Vaccination in Bombay 1913-1923 - 1913-1923
Year: 1913
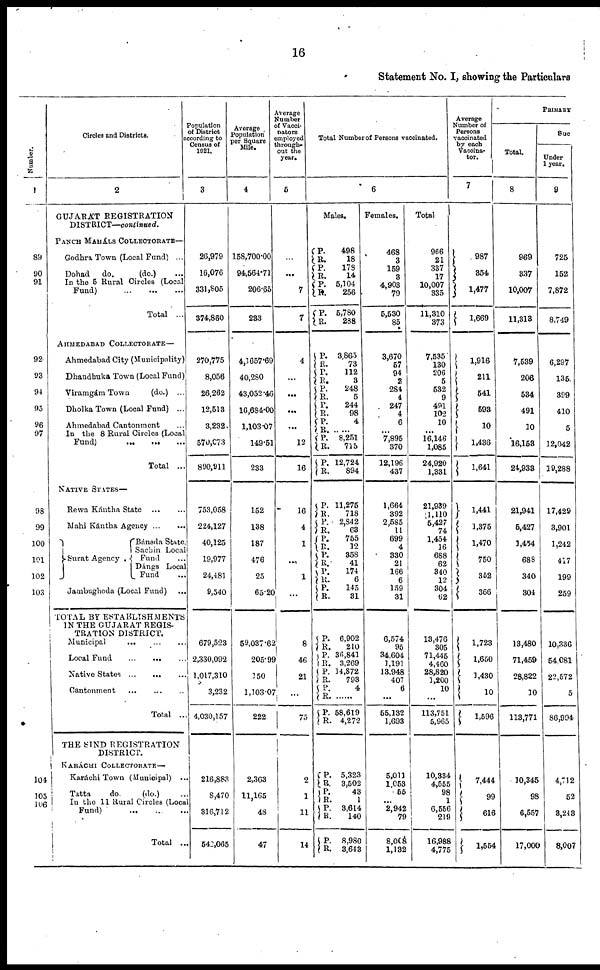
16
Statement No. I, showing the Particulars
Number.
1
89
90
91
92
93
94
95
96
97
98
99
100
101
102
103
104
105
106
Circles and Districts.
2
GUJARÁT REGISTRATION
DISTRICT—continued.
PANCH MAHÁLS COLLECTORATE—
Godhra Town (Local Fund) ...
Dohad
do.
(do.) ...
In the 5 Rural Circles (Local
Fund)
...
...
...
Total ...
AHMEDABAD COLLECTORATE—
Ahmedabad City (Municipality)
Dhandhuka Town (Local Fund)
Viramgám Town
(do.) ...
Dholka Town (Local Fund) ...
Ahmedabad Cantonment ...
In the 8 Rural Circles (Local
Fund) ... ... ...
Total ...
NATIVE STATES—
Rewa Kántha State
...
...
Mahi Kántha Agency ... ...
Surat Agency.
Bánsda State.
Sachin Local
Fund ...
Dángs Local
Fund ...
Jambughoda (Local Fund) ...
TOTAL BY ESTABLISHMENTS
IN THE GUJARAT REGIS-
TRATION DISTRICT.
Municipal
...
...
...
Local Fund
...
...
...
Native States ... ... ...
Cantonment
...
...
...
Total ...
THE SIND REGISTRATION
DISTRICT.
KARÁCHI COLLECTORATE—
Karáchi Town (Municipal) ...
Tatta
do.
(do.)...
In the 11 Rural Circle (Local
Fund) ... ... ...
Total ...
Population
of District
according to
Census of
1921.
3
26,979
16,076
331,805
374,860
270,775
8,056
26,262
12,513
3,232
570,073
890,911
753,058
224,127
40,125
19,977
24,481
9,540
679,523
2,330,092
1,017,310
3,232
4,030,157
216,883
8,470
316,712
542,065
Average
Population
per Square
Mile.
4
158,700.00
94,564.71
206.65
233
4,1657.69
40,280
43,052.46
16,684.00
1,103.07
149.51
233
152
138
187
476
25
65.20
59,037.62
205.99
150
1,103.07
222
2,363
11,165
48
47
Average
Number
of Vacci¬
nators
employed
through-
out the
year.
5
...
...
7
7
4
...
...
...
...
12
16
16
4
1
...
1
...
8
46
21
...
75
2
1
11
14
Total Number of Persons vaccinated.
6
Males.
P.
R.
P.
R.
P.
R.
P.
R.
498
18
178
14
5,104
256
5,780
288
P.
R.
P.
R.
P.
R.
P.
R.
P.
R.
P.
R.
P.
R.
3,865
73
112
3
248
5
244
98
4
8,251
715
12,724
894
P.
R.
P.
R.
P.
R.
P.
R.
P.
R.
P.
R.
11,275
718
2,842
63
755
12
358
41
174
6
145
31
P.
R.
P.
R.
P.
R.
P.
R.
P.
R.
6,902
210
36,841
3,269
14,872
793
4
......
58,619
4,272
P.
R.
P.
R.
P.
R.
P.
R.
5,323
3,502
43
1
3,614
140
8,980
3,643
Females.
468
3
159
3
4,903
79
5,530
85
3,670
57
94
2
284
4
247
4
6
...
7,895
370
12,196
437
1,664
392
2,585
11
699
4
330
21
166
6
159
31
6,574
95
34,604
1,191
13,948
407
6
...
55,132
1,693
5,011
1,053
55
...
2,942
79
8,008
1,132
Total
966
21
337
17
10,007
335
11,310
373
7,535
130
206
5
532
9
491
102
10
... 16,146
1,085
24,920
1,331
21,939
1,110
5,427
74
1,454
16
688
62
340
12
304
62
13,476
305
71,445
4,460
28,820
1,200
10
...
113,751
5,965
10,334
4,555
98
1
6,556
219
16,988
4,775
Average
Number of
Persons
vaccinated
by each
Vaccina¬
tor.
7
987
354
1,477
1,669
1,916
211
541
593
10
1,436
1,641
1,441
1,375
1,470
750
352
366
1,723
1,650
1,430
10
1,596
7,444
99
616
1,554
PRIMARY
Total.
8
969
337
10,007
11,313
7,539
206
534
491
10
16,153
24,933
21,941
5,427
1,454
688
340
304
13,480
71,459
28,822
10
113,771
10,345
98
6,557
17,000
Suc
Under
1 year.
9
725
152
7,872
8,749
6,297
135
399
410
5
12,042
19,288
17,429
3,901
1,242
417
199
259
10,336
54,081
22,572
5
86,994
4,712
52
3,243
8,007